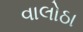
વાલોઠા